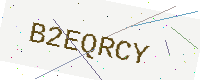
Text: B2EQRCY